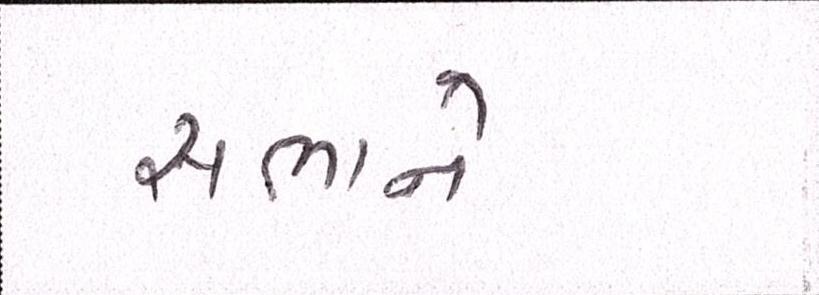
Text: સભાને